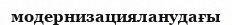
модернизацияланудағы